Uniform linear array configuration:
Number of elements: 32
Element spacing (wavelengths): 0.5
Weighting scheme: kaiser
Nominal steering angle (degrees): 60
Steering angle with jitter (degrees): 59.36
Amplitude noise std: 0.05
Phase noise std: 0.05

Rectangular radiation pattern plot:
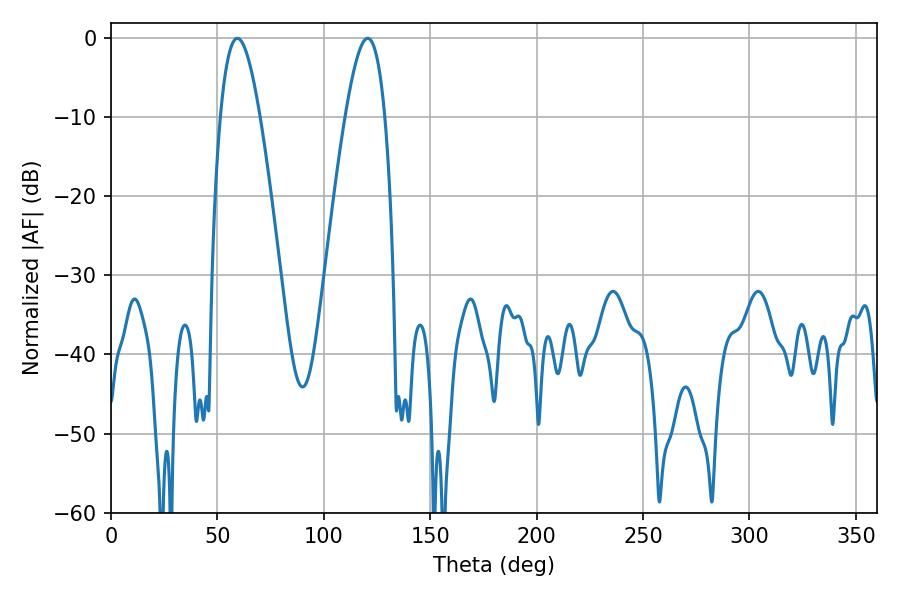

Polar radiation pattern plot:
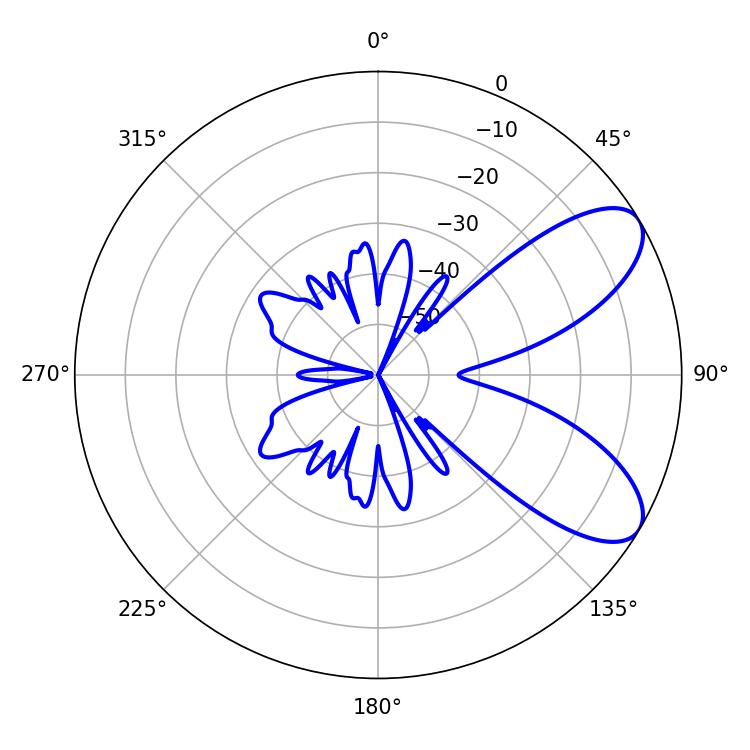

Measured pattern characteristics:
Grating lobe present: FALSE
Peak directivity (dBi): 7.814
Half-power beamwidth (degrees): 10.08
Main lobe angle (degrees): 59.4